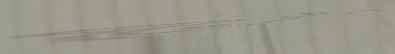
خدمة توصيل البقالة و الوج